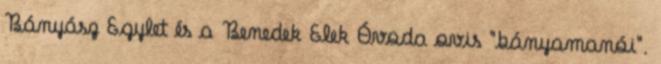
Bányász Egylet és a Benedek Elek Óvoda ovis "bányamanói".